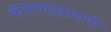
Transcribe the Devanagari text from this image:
कारणाप्रमाणे